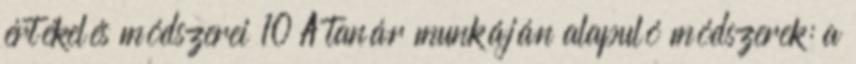
értékelés módszerei 10 A tanár munkáján alapuló módszerek: a